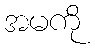
အမကို